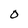
Character: 0